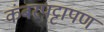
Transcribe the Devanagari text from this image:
कंबरपट्टापण